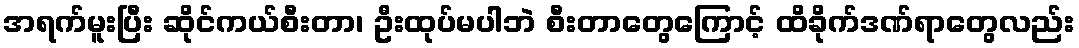
အရက်မူးပြီး ဆိုင်ကယ်စီးတာ၊ ဦးထုပ်မပါဘဲ စီးတာတွေကြောင့် ထိခိုက်ဒဏ်ရာတွေလည်း